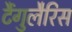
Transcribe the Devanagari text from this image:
टैंगुलैरिस